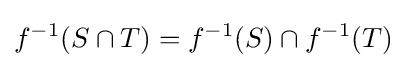
f^{-1}(S\cap T)=f^{-1}(S)\cap f^{-1}(T)